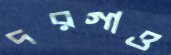
দরগাও